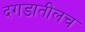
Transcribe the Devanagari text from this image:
दगडातीलच